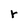
Character: r